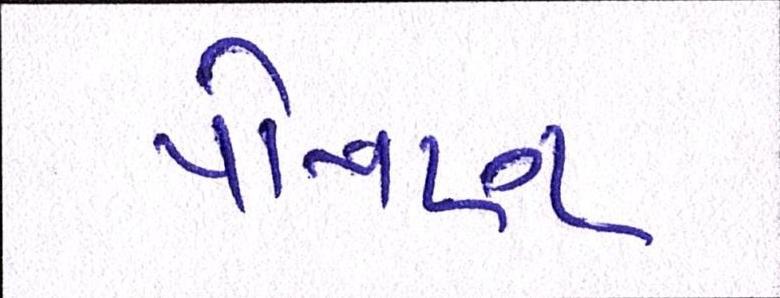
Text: પોષણ